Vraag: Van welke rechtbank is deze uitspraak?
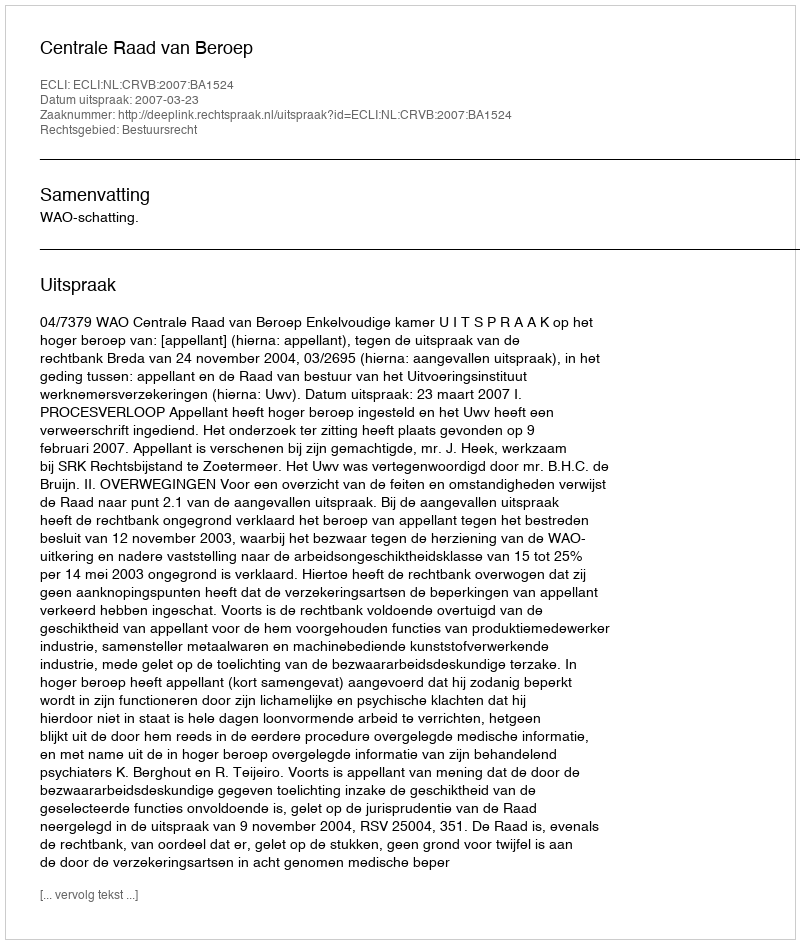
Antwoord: Centrale Raad van Beroep